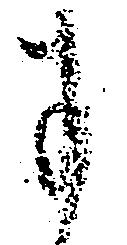
に